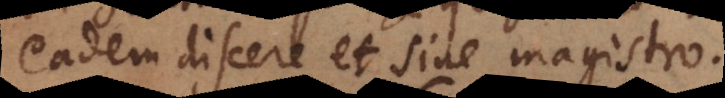
eadem discere et sine magistro.